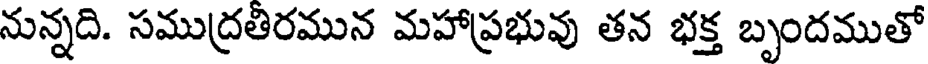
నున్నది. సముద్రతిరమున మహాప్రభువు తన భక్త బృందముతో